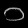
Digit: ၁